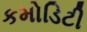
કમોડિટી